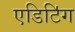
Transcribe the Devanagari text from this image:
एडिटिऺग